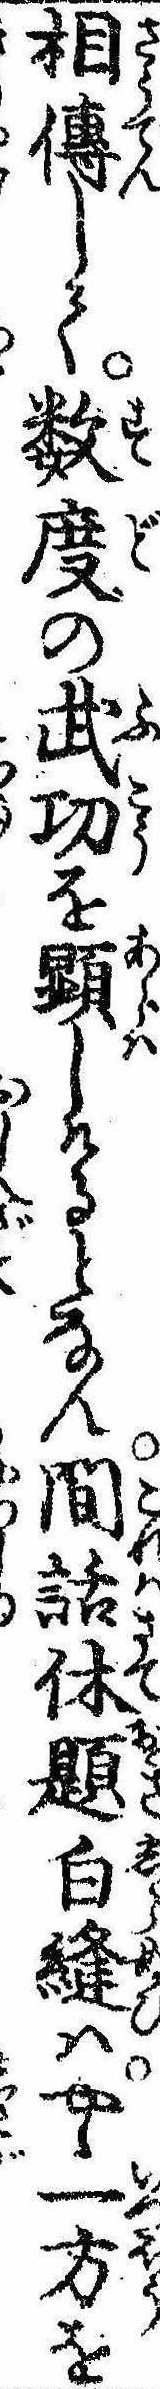
相傅して数度の武㓛を顕しけるとなん間話休題白縫はやゝ一方を